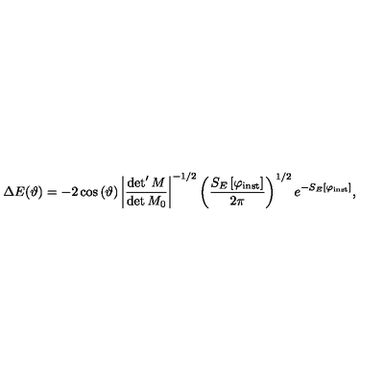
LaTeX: \Delta E ( \vartheta ) = - 2 \cos \left( \vartheta \right) \left| \frac { \det ^ { \prime } M } { \det M _ { 0 } } \right| ^ { - 1 / 2 } \left( \frac { S _ { E } \left[ \varphi _ { \mathrm { i n s t } } \right] } { 2 \pi } \right) ^ { 1 / 2 } e ^ { - S _ { E } \left[ \varphi _ { \mathrm { i n s t } } \right] } ,